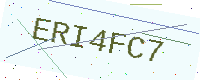
Text: ERI4FC7